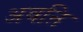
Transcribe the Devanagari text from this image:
अवऩि